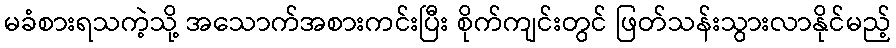
မခံစားရသကဲ့သို့ အသောက်အစားကင်းပြီး စိုက်ကျင်းတွင် ဖြတ်သန်းသွားလာနိုင်မည့်